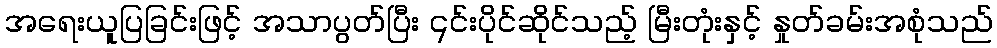
အရေးယူပြခြင်းဖြင့် အသာပွတ်ပြီး ၎င်းပိုင်ဆိုင်သည့် မြီးတုံးနှင့် နှုတ်ခမ်းအစုံသည်